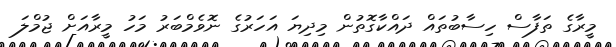
މީރާގެ ތަފާސް ހިސާބުތައް ދައްކާގޮތުން މިދިޔަ އަހަރުގެ ނޮވެމްބަރު މަހު މީރާއަށް ޖުމްލަ